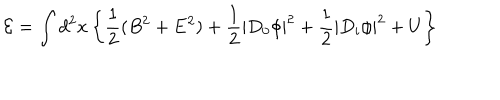
LaTeX: { \cal E } = \int d ^ { 2 } x \left\{ \frac 1 2 ( B ^ { 2 } + { \bf E } ^ { 2 } ) + \frac 1 2 \left| D _ { 0 } \phi \right| ^ { 2 } + \frac 1 2 \left| D _ { i } \phi \right| ^ { 2 } + U \right\}